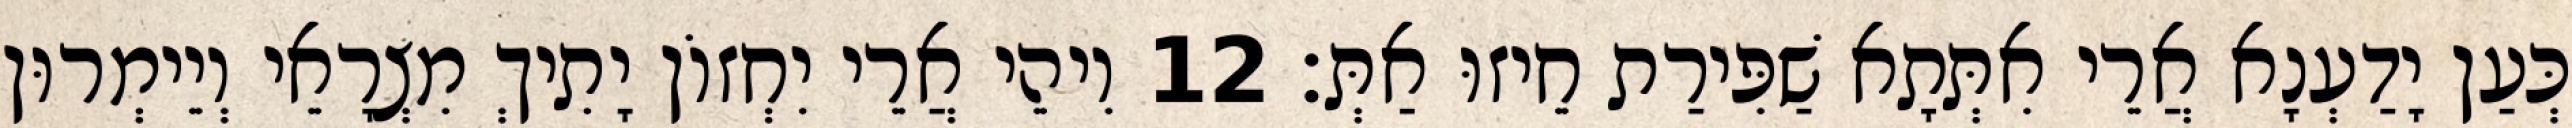
כְּעַן יָדַעְנָא אֲרֵי אִתְּתָא שַׁפִּירַת חֵיזוּ אַתְּ׃ 12 וִיהֵי אֲרֵי יִחְזוֹן יָתִיךְ מִצְרָאֵי וְיֵימְרוּן